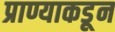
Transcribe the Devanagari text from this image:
प्राण्याकडून